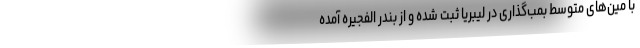
با مین‌های متوسط بمب‌گذاری در لیبریا ثبت شده و از بندر الفجیره آمده